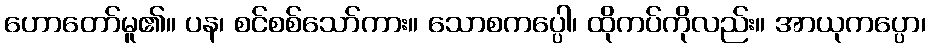
ဟောတော်မူ၏။ ပန၊ စင်စစ်သော်ကား။ သောစကပ္ပေါ၊ ထိုကပ်ကိုလည်း။ အာယုကပ္ပော၊